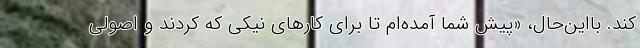
کند. بااین‌حال، «پیش شما آمده‌ام تا برای کارهای نیکی که کردند و اصولی